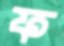
ফ